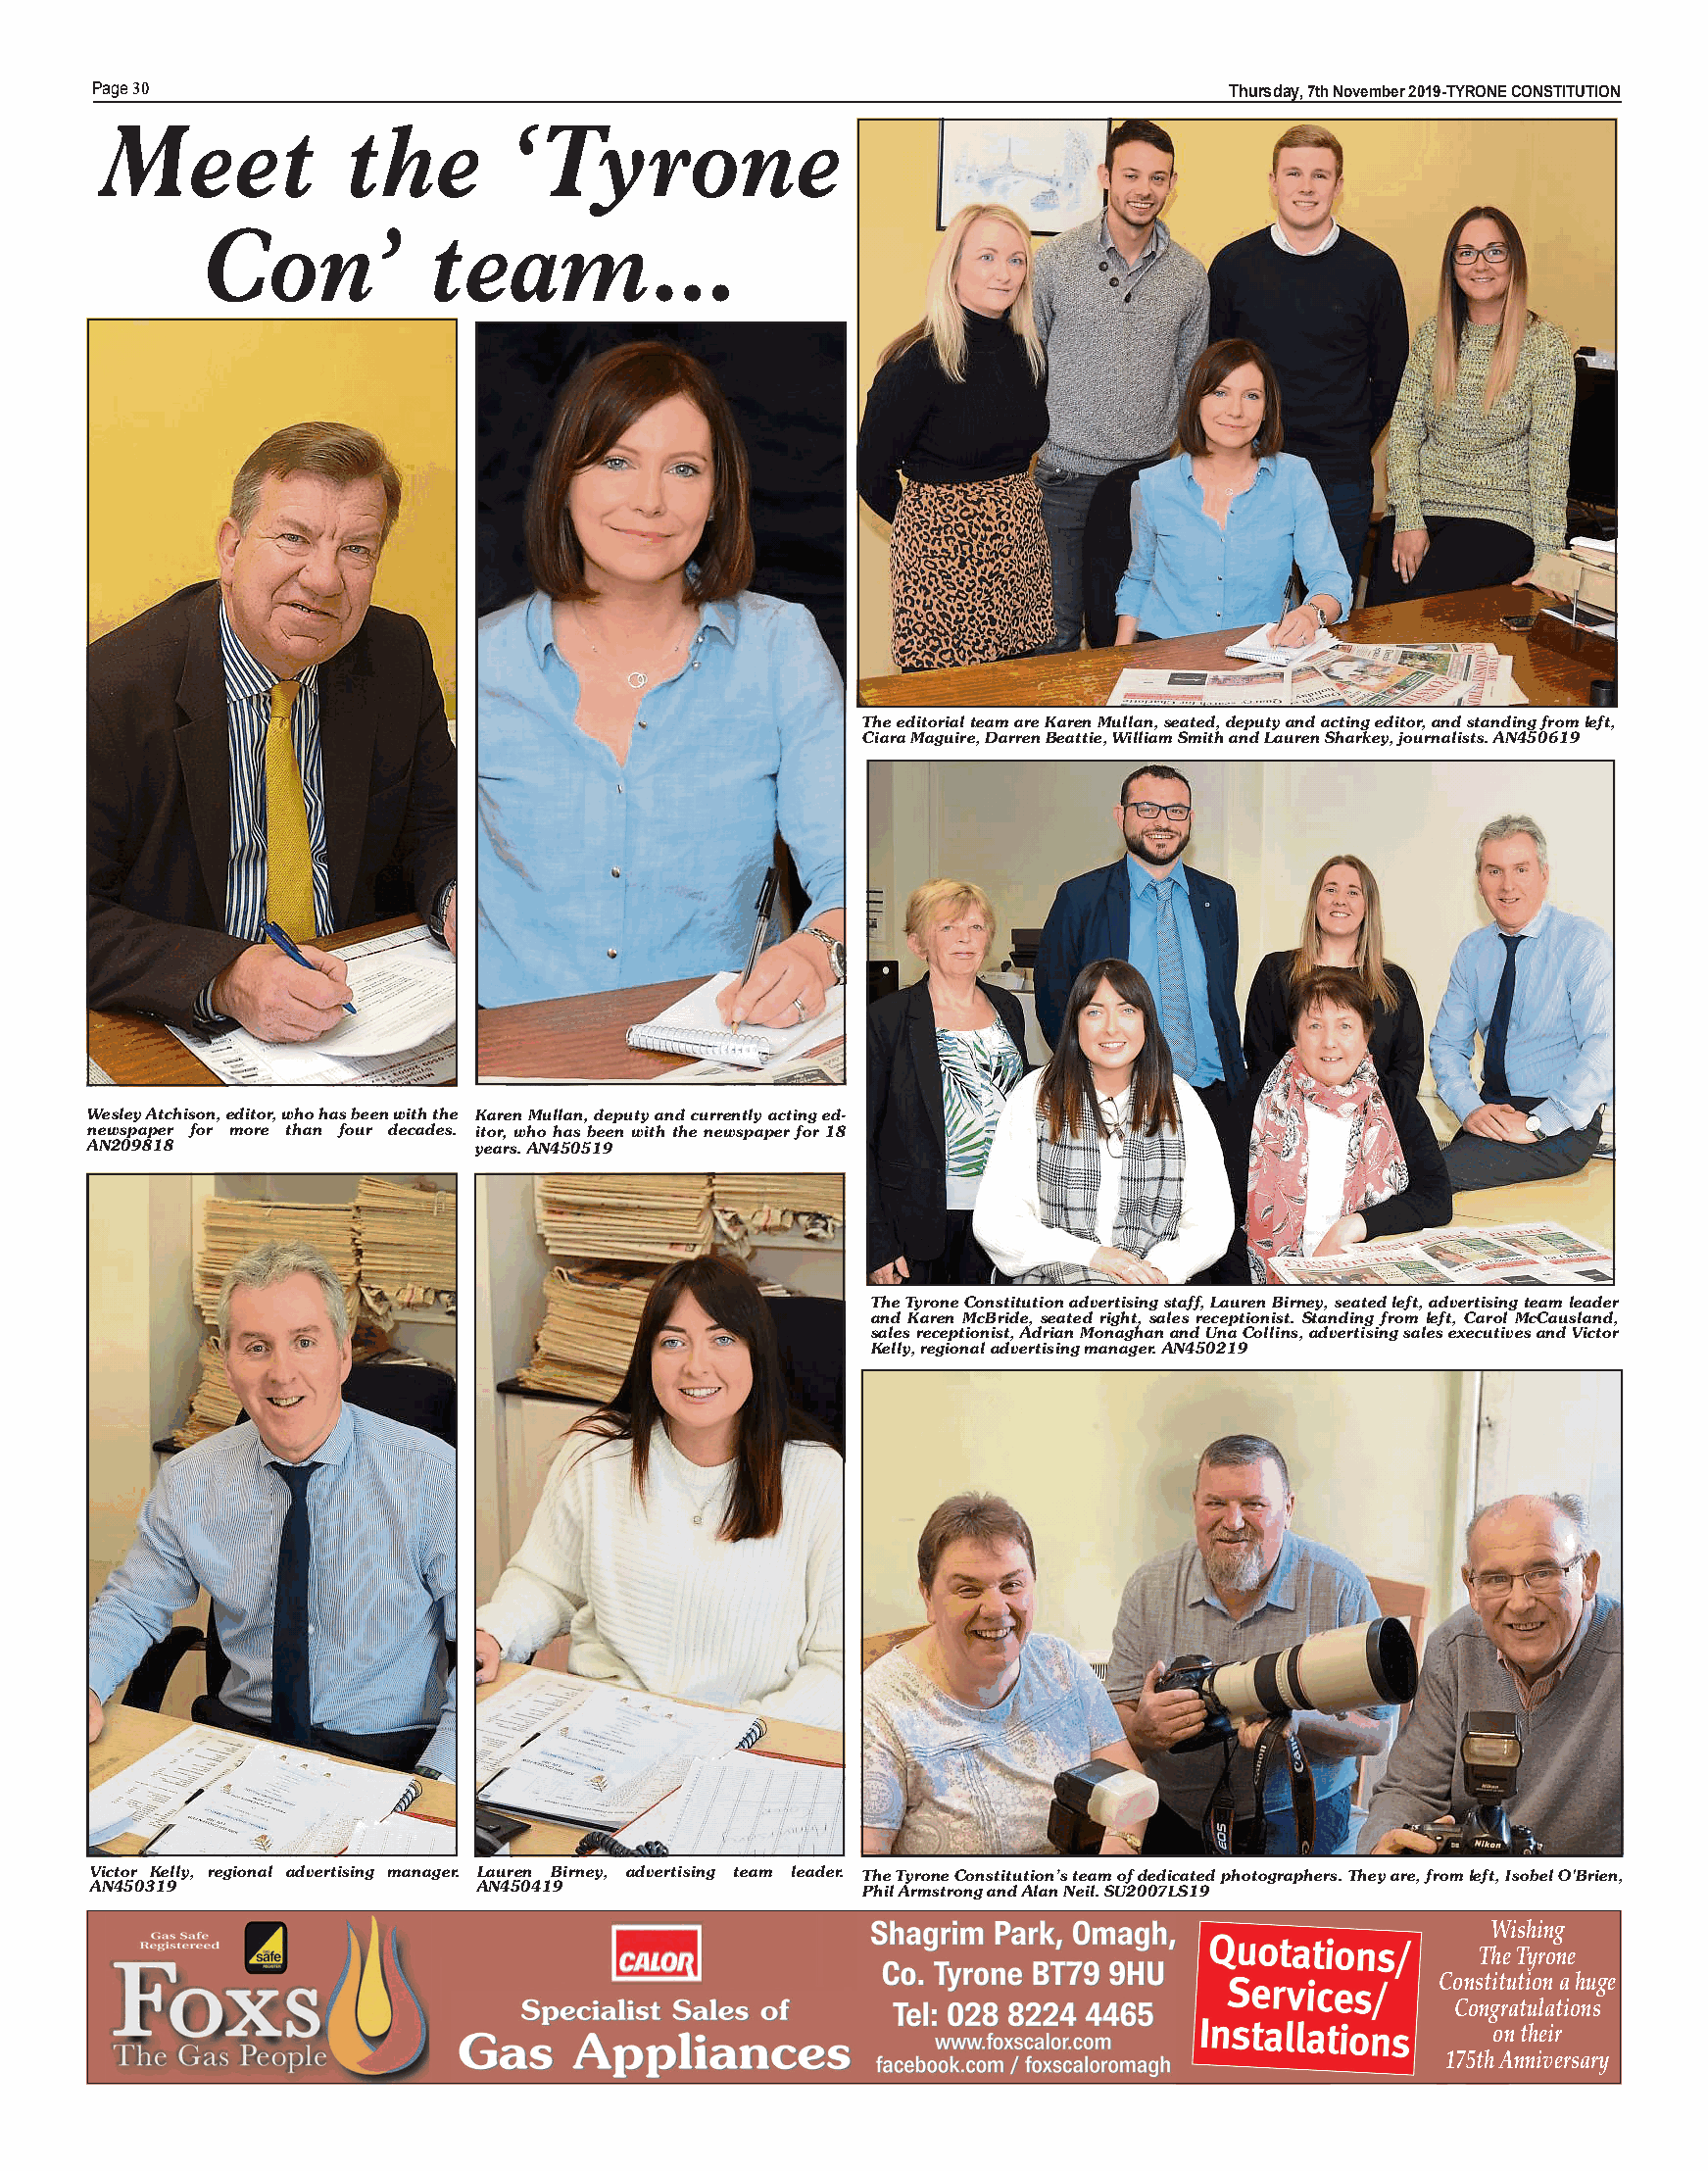
Pa g e 30                                                                    T h u rs d ay ,7thN ov e m b e r 2019-TYRONE CONSTITUTION
 Meet             the        ‘Ty       ro    n   e
 Con’           team...
 The editorial team are Karen Mullan, seated, deputy and acting editor, and standing from left,
 Ciara Maguire, Darren Beattie, William Smith and Lauren Sharkey, journalists. AN450619
 Wesley Atchison,editor, who has beenwith the KarenMullan, deputyandcurrently actinged-
 newspaper for more than four decades. itor, who has been with the newspaper for 18
 AN209818                  years. AN450519
 TheTyrone Constitutionadvertisingstaff,Lauren Birney,seatedleft,advertising teamleader
 and Karen McBride, seated right, sales receptionist. Standing from left, Carol McCausland,
 sales receptionist,Adrian Monaghanand UnaCollins, advertisingsales executivesand Victor
 Kelly, regional advertising manager. AN450219
 Victor Kelly, regional advertising manager. Lauren Birney, advertising team leader. The Tyrone Constitution’steamofdedicated photographers.Theyare,fromleft,IsobelO'Brien,
 AN450319                  AN450419                  Phil Armstrong and Alan Neil. SU2007LS19
 Wishing
 The Tyrone
 Constitution a huge
 Congratulations
 on their
 175th Anniversary